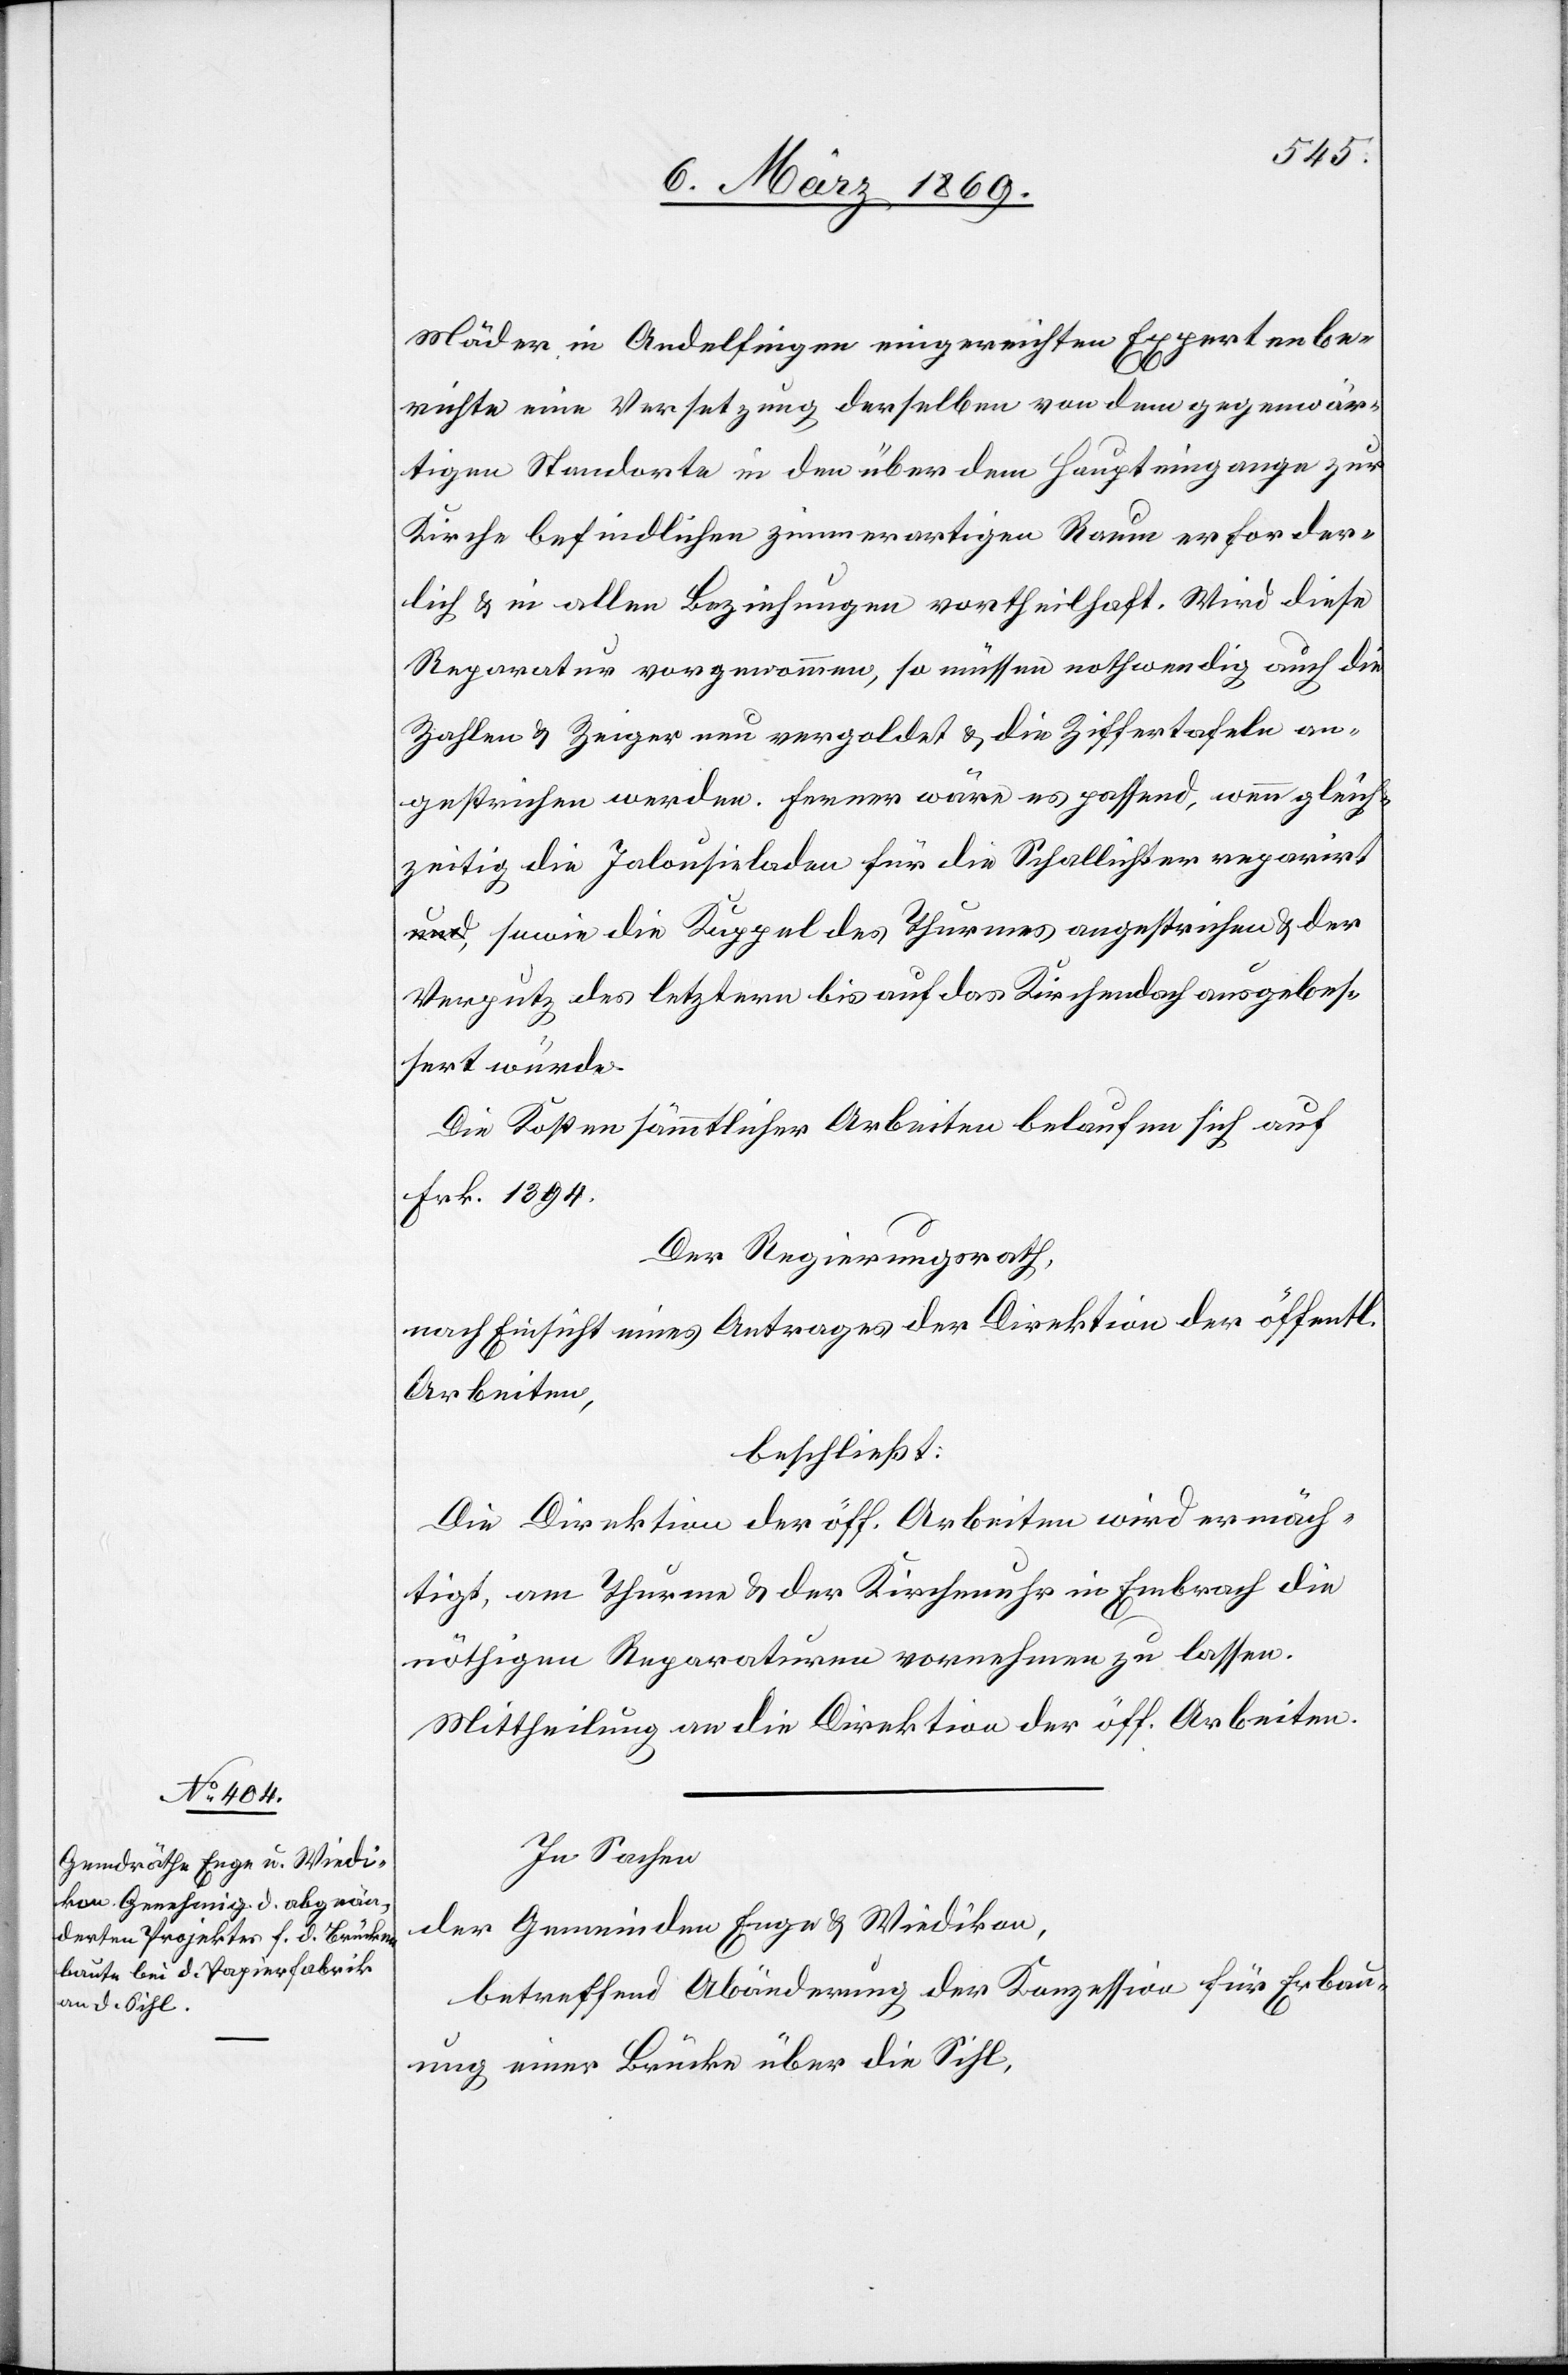
Mäder in Andelfingen eingereichten Expertenbe¬
richte eine Versetzung derselben von dem gegenwär¬
tigen Standorte in den über dem Haupteingange zur
Kirche befindlichen zimmerartigen Raum erforder¬
lich & in allen Beziehungen vortheilhaft. Wird diese
Reparatur vorgenommen, so müssen nothwendig auch die
Zahlen & Zeiger neu vergoldet u. die Ziffertafeln an¬
gestrichen werden. Ferner wäre es passend, wenn gleich¬
zeitig die Jalousieladen für die Schallichter reparir¬
t, sowie die Kuppel des Thurmes angestrichen & der
Verputz des letztern bis auf das Kirchendach ausgebes¬
sert würde.
Die Kosten sämmtlicher Arbeiten belaufen sich auf
Frk. 1394.
Der Regierungsrath,
nach Einsicht eines Antrages der Direktion der öff.
Arbeiten,
beschließt:
Die Direktion der öff. Arbeiten wird ermäch¬
tigt, am Thurme & der Kirchenuhr in Embrach die
nöthigen Reparaturen vornehmen zu lassen.
Mittheilung an die Direktion der öff. Arbeiten.
In Sachen
der Gemeinden Enge & Wiedikon,
betreffend Abänderung der Konzession für Erbau¬
ung einer Brücke über die Sihl,